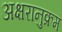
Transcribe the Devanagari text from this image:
अक्षरानुक्रम